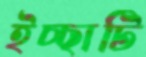
ইচ্ছাটি